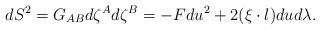
LaTeX: \begin{align*}dS^2 =G_{AB}d\zeta^A d\zeta^B = - F du^2 + 2(\xi \cdot l) dud\lambda.\end{align*}